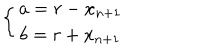
LaTeX: \left\{ \begin{array} { c } { { a = r - x _ { n + 1 } } } \\ { { b = r + x _ { n + 1 } } } \\ \end{array} \right.